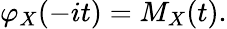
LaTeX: \varphi_{X}(-it)=M_{X}(t).